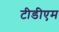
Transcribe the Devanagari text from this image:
टीडीएम